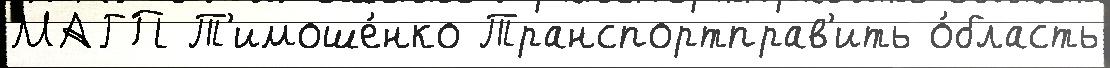
МАГП Т'имоше́нко Транспортправ'ить о́бласть